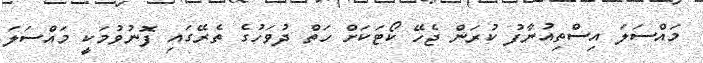
މައްސަލަ އިސްތިއުނާފު ކުރަން ޖެހޭ ކޯޓަކަށް ހަތް ދުވަހުގެ ތެރޭގައި ފޮނުވުމަކީ މައްސަލަ